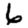
Digit: 6